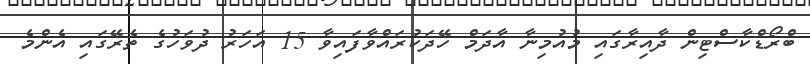
ބްރޯޑްކާސްޓިން ދާއިރާގައި މުއުމިނާ އާދަމް ހޭދަކުރައްވާފައިވާ 15 އަހަރު ދުވަހުގެ ތެރޭގައި އެންމެ